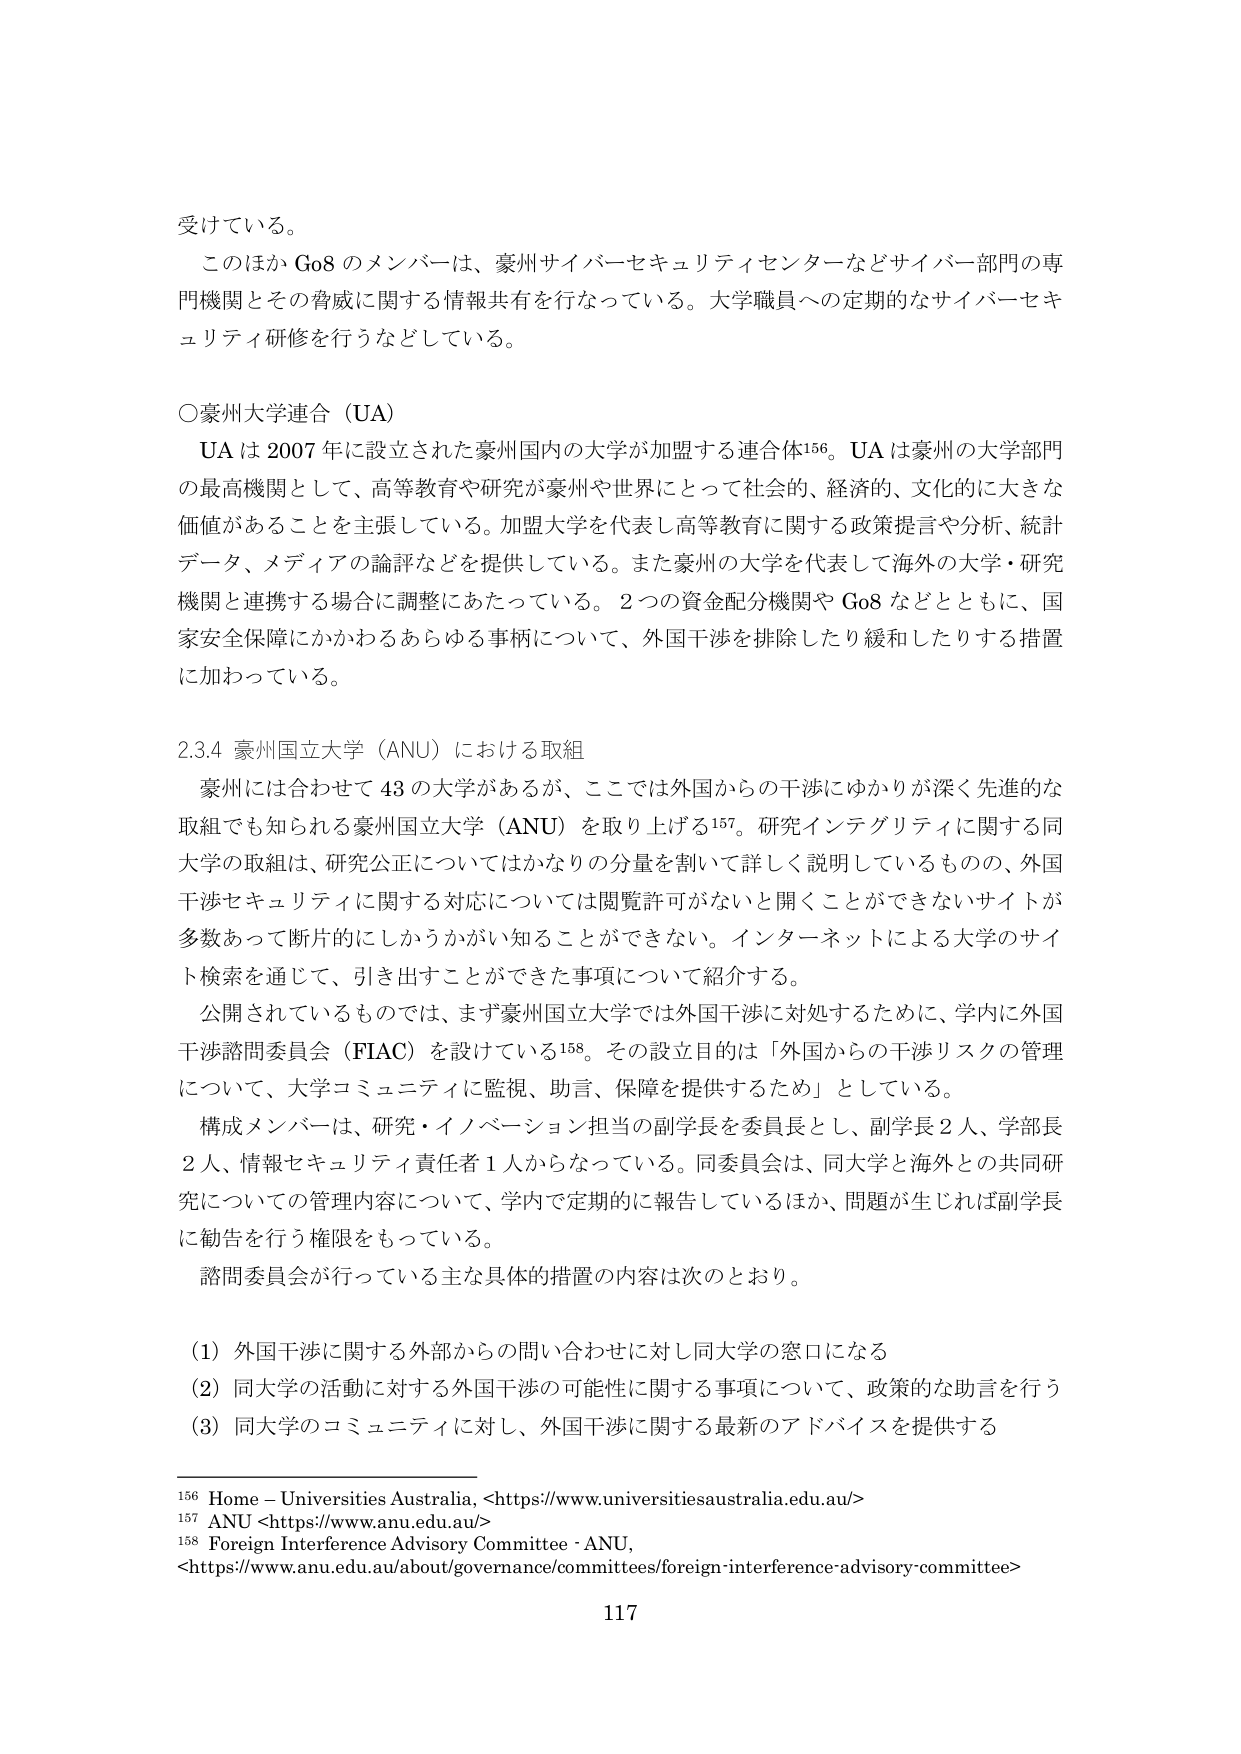
受けている。

このほか Go8 のメンバーは、豪州サイバーセキュリティセンターなどサイバー部門の専門機関とその脅威に関する情報共有を行なっている。大学職員への定期的なサイバーセキュリティ研修を行うなどしている。

○豪州大学連合（UA）

　UA は 2007 年に設立された豪州国内の大学が加盟する連合体156。UA は豪州の大学部門の最高機関として、高等教育や研究が豪州や世界にとって社会的、経済的、文化的に大きな価値があることを主張している。加盟大学を代表し高等教育に関する政策提言や分析、統計データ、メディアの論評などを提供している。また豪州の大学を代表して海外の大学・研究機関と連携する場合に調整にあたっている。2つの資金配分機関や Go8 などとともに、国家安全保障にかかわるあらゆる事柄について、外国干渉を排除したり緩和したりする措置に加わっている。

2.3.4 豪州国立大学（ANU）における取組

　豪州には合わせて 43 の大学があるが、ここでは外国からの干渉にゆかりが深く先進的な取組でも知られる豪州国立大学（ANU）を取り上げる157。研究インテグリティに関する同大学の取組は、研究公正についてはかなりの分量を割いて詳しく説明しているものの、外国干渉セキュリティに関する対応については閲覧許可がないと開くことができないサイトが多数あって断片的にしかうかがい知ることができない。インターネットによる大学のサイト検索を通じて、引き出すことができた事項について紹介する。

　公開されているものでは、まず豪州国立大学では外国干渉に対処するために、学内に外国干渉諮問委員会（FIAC）を設けている158。その設立目的は「外国からの干渉リスクの管理について、大学コミュニティに監視、助言、保障を提供するため」としている。

　構成メンバーは、研究・イノベーション担当の副学長を委員長とし、副学長 2 人、学部長 2 人、情報セキュリティ責任者 1 人からなっている。同委員会は、同大学と海外との共同研究についての管理内容について、学内で定期的に報告しているほか、問題が生じれば副学長に勧告を行う権限をもっている。

　諮問委員会が行っている主な具体的措置の内容は次のとおり。

（1）外国干渉に関する外部からの問い合わせに対し同大学の窓口になる

（2）同大学の活動に対する外国干渉の可能性に関する事項について、政策的な助言を行う

（3）同大学のコミュニティに対し、外国干渉に関する最新のアドバイスを提供する

156 Home — Universities Australia, <https://www.universitiesaustralia.edu.au/>

157 ANU <https://www.anu.edu.au/>

158 Foreign Interference Advisory Committee - ANU, <https://www.anu.edu.au/about/governance/committees/foreign-interference-advisory-committee>

117